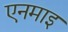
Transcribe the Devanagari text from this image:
एनमाइ